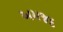
અમજદ